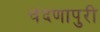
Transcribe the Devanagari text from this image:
चंदणापुरी